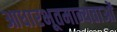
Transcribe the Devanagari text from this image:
आधारभूतमान्यताओं